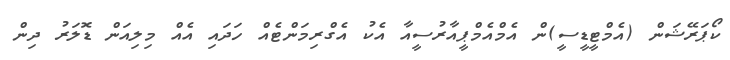
ކޯޕަރޭޝަން (އެމްޓީޑީސީ)ން އެމްއެމްޕީއާރުސީއާ އެކު އެގްރިމަންޓެއް ހަދައި އެއް މިލިއަން ޑޮލަރު ދިން